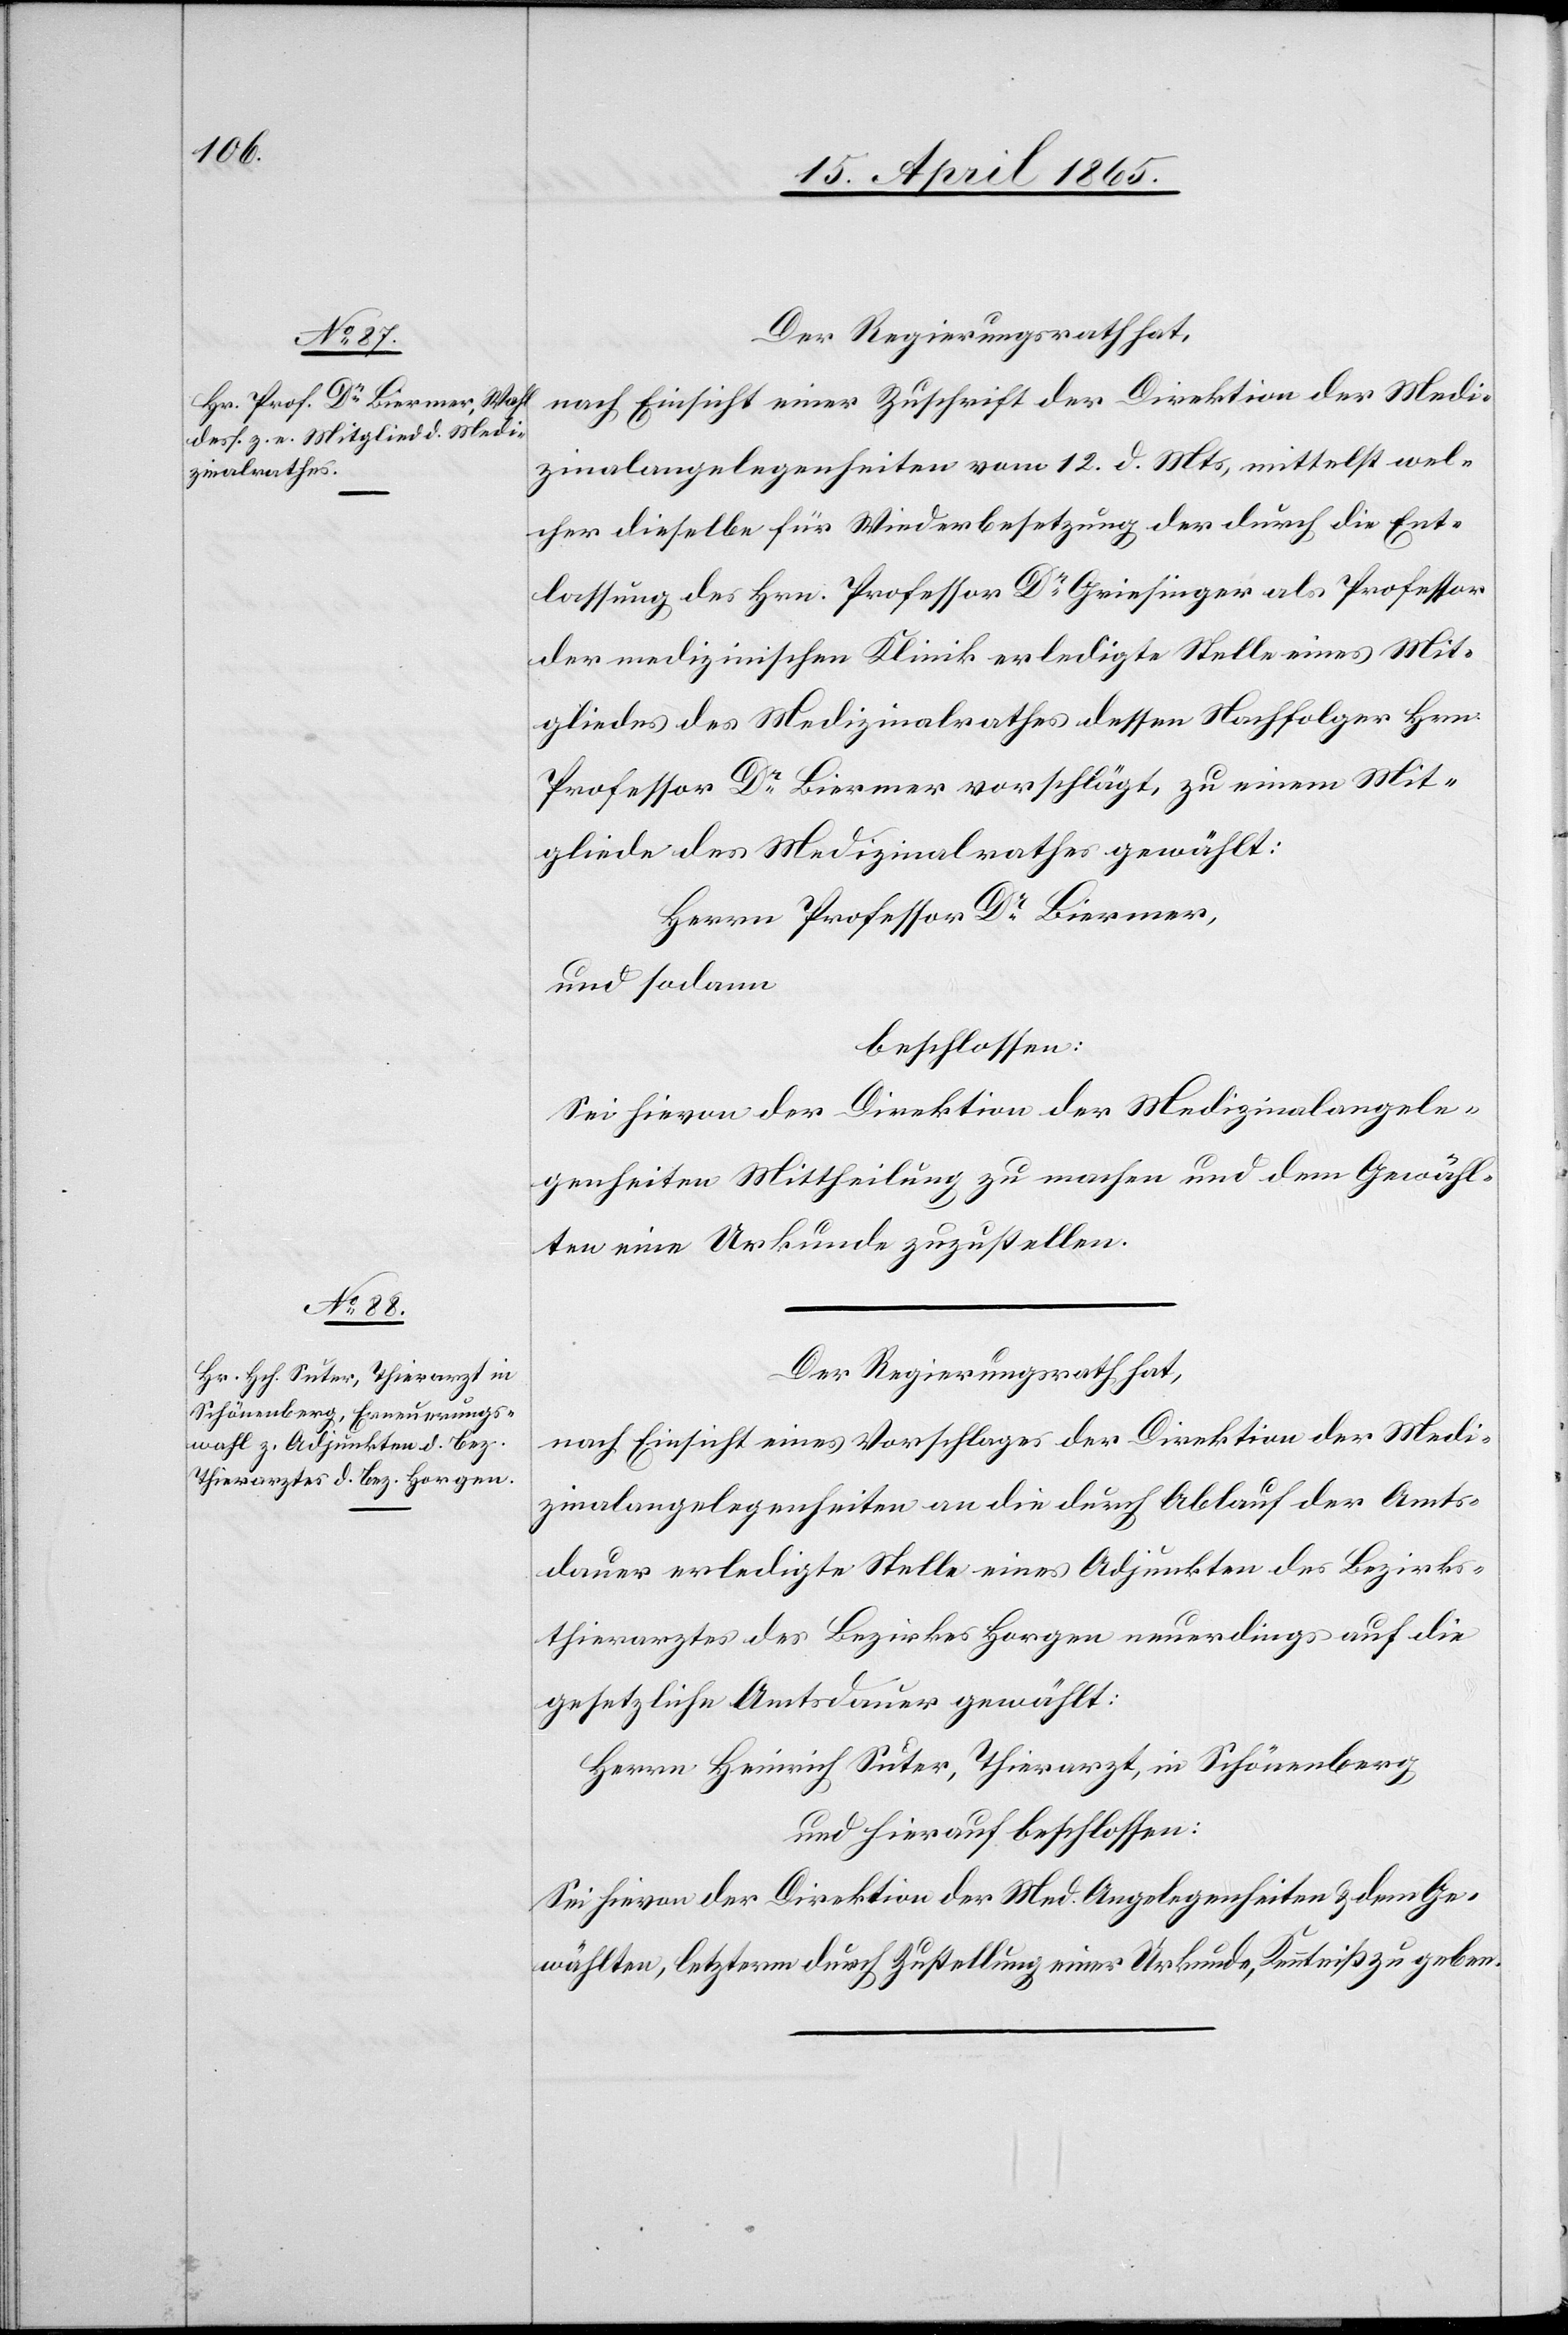
Der Regierungsrath hat,
nach Einsicht einer Zuschrift der Direktion der Medi¬
zinalangelegenheiten vom 12. d. Mts, mittelst wel¬
cher dieselbe für Wiederbesetzung der durch die Ent¬
lassung des Hrn. Professor Dr Griesinger als Professor
der medizinischen Klinik erledigte Stelle eines Mit¬
gliedes des Medizinalrathes dessen Nachfolger Hrn.
Professor Dr Biermer vorschlägt, zu einem Mit¬
gliede des Medizinalrathes gewählt:
Herrn Professor Dr Biermer,
und sodann
beschlossen:
Sei hievon der Direktion der Medizinalangele¬
genheiten Mittheilung zu machen und dem Gewähl¬
ten eine Urkunde zuzustellen.
Der Regierungsrath hat,
nach Einsicht eines Vorschlages der Direktion der Medi¬
zinalangelegenheiten an die durch Ablauf der Amts¬
dauer erledigte Stelle eines Adjunkten des Bezirks¬
thierarztes des Bezirkes Horgen neuerdings auf die
gesetzliche Amtsdauer gewählt:
Herrn Heinrich Suter, Thierarzt, in Schönenberg
und hierauf beschlossen:
Sei hievon der Direktion der Med. Angelegenheiten & dem Ge¬
wählten, letzterm durch Zustellung einer Urkunde, Kenntniß zu geben.